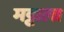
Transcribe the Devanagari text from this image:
मट्टाला